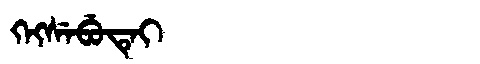
Manchu: ᡴᡝᡴᠰᡝᠪᡠᡨᡝᡳ
Romanization: KEKSEBUTEI